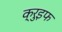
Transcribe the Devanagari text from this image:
क्रुइफ